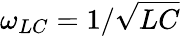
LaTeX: \omega_{LC}=1/\sqrt{LC}